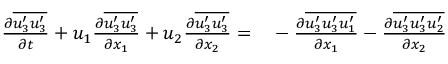
\begin{array} { r l } { \frac { \partial \overline { { u _ { 3 } ^ { \prime } u _ { 3 } ^ { \prime } } } } { \partial t } + u _ { 1 } \frac { \partial \overline { { u _ { 3 } ^ { \prime } u _ { 3 } ^ { \prime } } } } { \partial x _ { 1 } } + u _ { 2 } \frac { \partial \overline { { u _ { 3 } ^ { \prime } u _ { 3 } ^ { \prime } } } } { \partial x _ { 2 } } = } & { { } - \frac { \partial \overline { { u _ { 3 } ^ { \prime } u _ { 3 } ^ { \prime } u _ { 1 } ^ { \prime } } } } { \partial x _ { 1 } } - \frac { \partial \overline { { u _ { 3 } ^ { \prime } u _ { 3 } ^ { \prime } u _ { 2 } ^ { \prime } } } } { \partial x _ { 2 } } } \end{array}